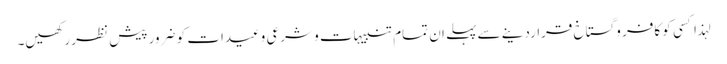
لہذا کسی کو کافر و گستاخ قراردینے سے پہلے ان تمام تنبیہات و شرعی وعیدات کو ضرور پیش نظر رکھیں۔